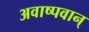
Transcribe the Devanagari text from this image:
अवाष्पवान्‌